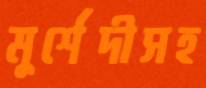
মুর্শেদীসহ